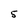
Character: 5